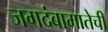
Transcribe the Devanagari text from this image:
जगदंबामातेची